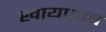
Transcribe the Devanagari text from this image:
खाया।तब